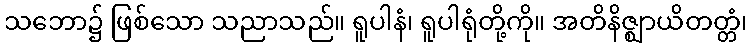
သဘော၌ ဖြစ်သော သညာသည်။ ရူပါနံ၊ ရူပါရုံတို့ကို။ အတိနိဇ္ဈာယိတတ္တံ၊